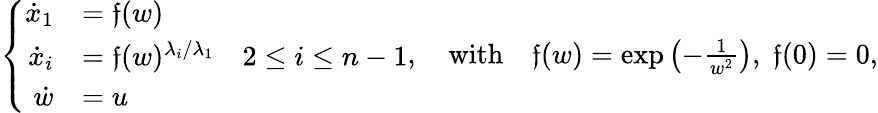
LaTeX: \begin{array}{r}{\left\{ \begin{array}{rl}{\dot{x}_{1}}&{=\mathfrak{f}(w)}\\ {\dot{x}_{i}}&{=\mathfrak{f}(w)^{\lambda_{i}/\lambda_{1}}\quad 2\leq i\leq n-1}\\ {\dot{w}}&{=u}\end{array}\right.,\quad\textrm{with}\quad\mathfrak{f}(w)=\exp\left(-\frac{1}{w^{2}}\right),\; \mathfrak{f}(0)=0,}\end{array}